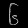
Digit: ၆